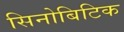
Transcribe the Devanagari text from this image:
सिनोबिटिक